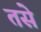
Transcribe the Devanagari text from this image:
तसेे